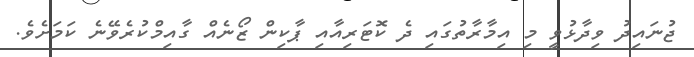
ޖުނައިދު ވިދާޅުވީ މި އިމާރާތުގައި ދެ ކޮޓަރިއާއި ޕާކިން ޒޯނެއް ގާއިމްކުރެވޭނެ ކަމަށެވެ.